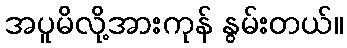
အပူမိလို့အားကုန် နွမ်းတယ်။